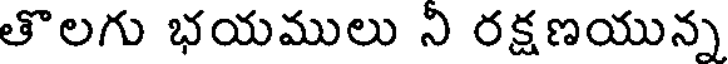
తొలగు భయములు ని రక్షణయున్న